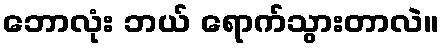
ဘောလုံး ဘယ် ရောက်သွားတာလဲ။